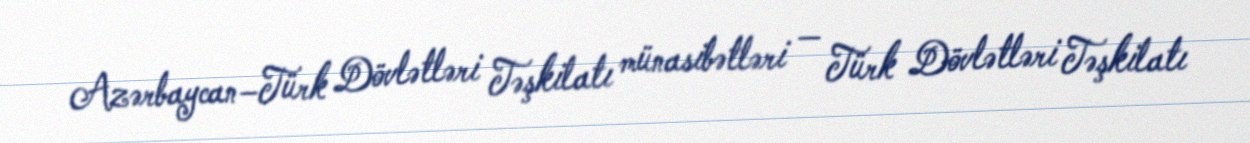
Azərbaycan–Türk Dövlətləri Təşkilatı münasibətləri — Türk Dövlətləri Təşkilatı